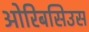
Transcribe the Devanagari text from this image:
ओरिबसिउस